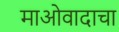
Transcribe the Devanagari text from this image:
माओवादाचा